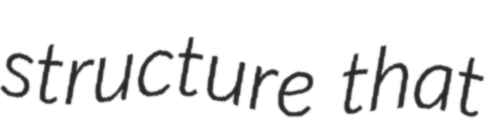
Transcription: structure that